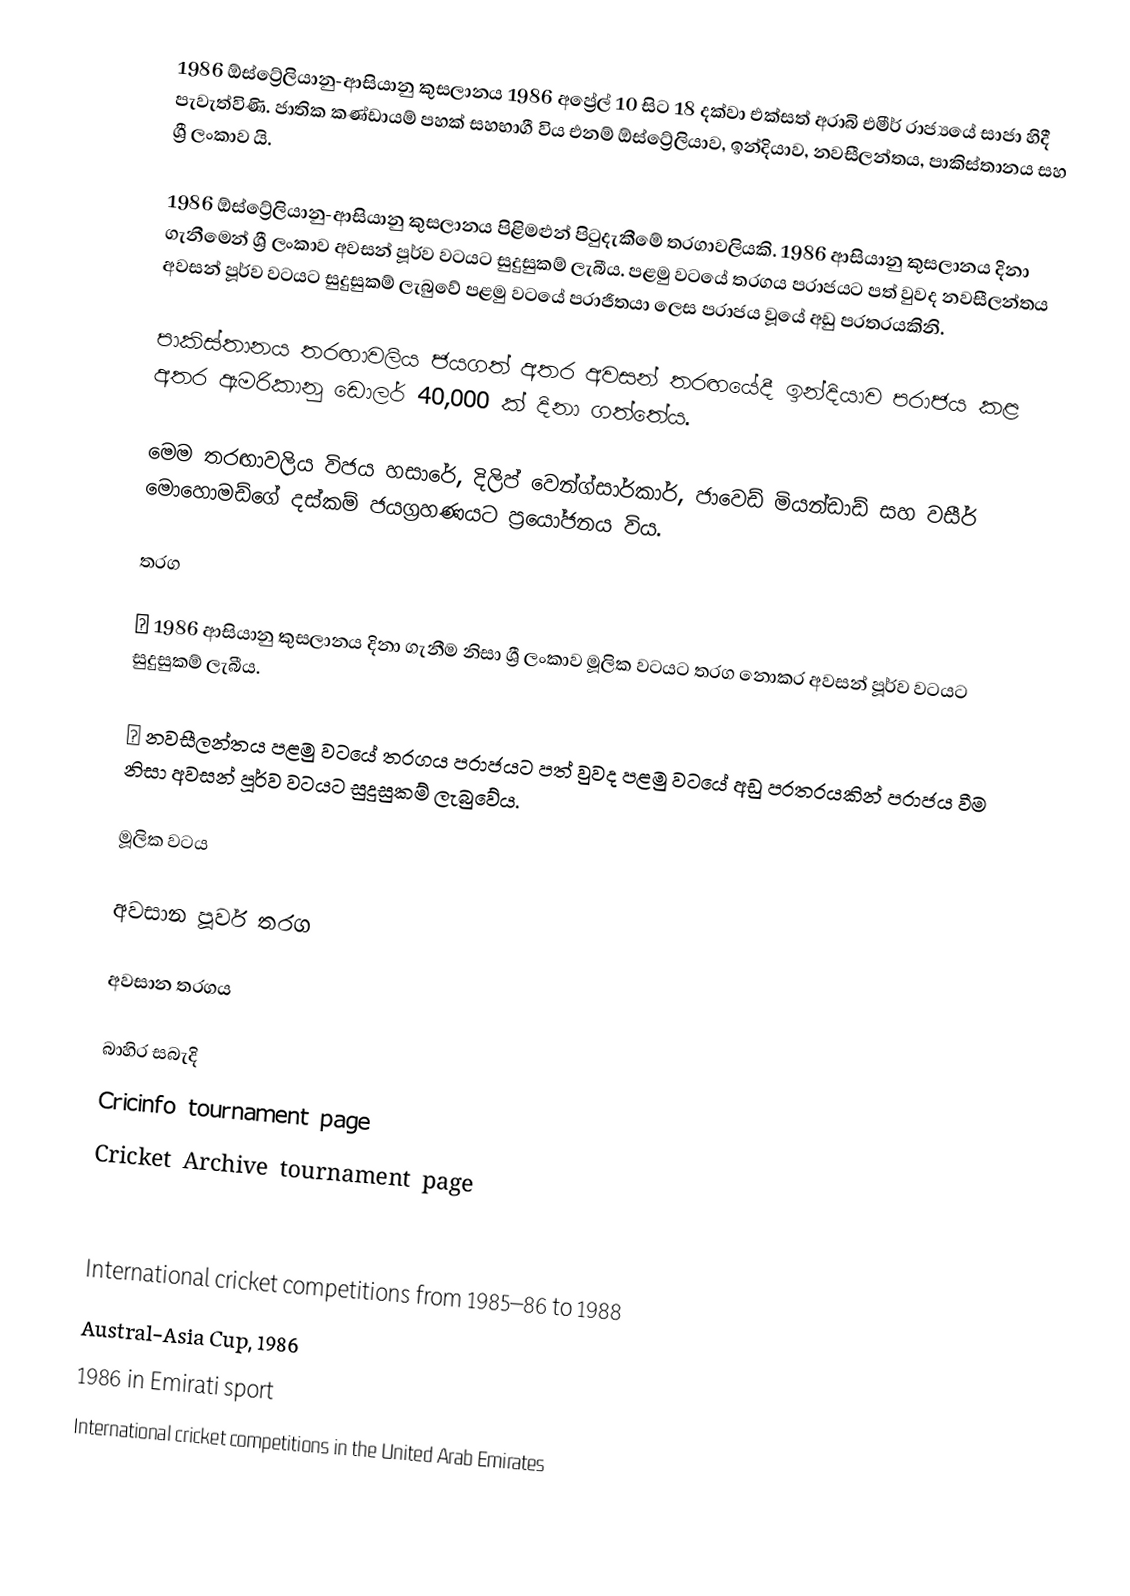
1986 ඕස්ට්‍රේලියානු-ආසියානු කුසලානය 1986 අප්‍රේල් 10 සිට 18 දක්වා එක්සත් අරාබි එමීර් රාජ්‍යයේ සාජා හිදී පැවැත්විණි. ජාතික කණ්ඩායම් පහක් සහභාගී විය එනම් ඕස්ට්‍රේලියාව, ඉන්දියාව, නවසීලන්තය, පාකිස්තානය සහ ශ්‍රී ලංකාව යි.

1986 ඕස්ට්‍රේලියානු-ආසියානු කුසලානය පිළිමළුන් පිටුදැකීමේ තරගාවලියකි. 1986 ආසියානු කුසලානය දිනා ගැනීමෙන් ශ්‍රී ලංකාව අවසන් පූර්ව වටයට සුදුසුකම් ලැබීය. පළමු වටයේ තරගය පරාජයට පත් වුවද නවසීලන්තය අවසන් පූර්ව වටයට සුදුසුකම් ලැබුවේ පළමු වටයේ පරාජිතයා ලෙස පරාජය වූයේ අඩු පරතරයකිනි.

පාකිස්තානය තරඟාවලිය ජයගත් අතර අවසන් තරඟයේදී ඉන්දියාව පරාජය කළ අතර ඇමරිකානු ඩොලර් 40,000 ක් දිනා ගත්තේය.

මෙම තරඟාවලිය විජය හසාරේ, දිලිප් වෙන්ග්සාර්කාර්, ජාවෙඩ් මියන්ඩාඩ් සහ වසීර් මොහොමඩ්ගේ දස්කම් ජයග්‍රහණයට ප්‍රයෝජනය විය.

තරග

❶ 1986 ආසියානු කුසලානය දිනා ගැනීම නිසා ශ්‍රී ලංකාව මූලික වටයට තරග නොකර අවසන් පූර්ව වටයට සුදුසුකම් ලැබීය.

❷ නවසීලන්තය පළමු වටයේ තරගය පරාජයට පත් වුවද පළමු වටයේ අඩු පරතරයකින් පරාජය වීම නිසා අවසන් පූර්ව වටයට සුදුසුකම් ලැබුවේය.

මූලික වටය

අවසාන පූර්ව තරග

අවසාන තරගය

බාහිර සබැදි
 Cricinfo tournament page
 Cricket Archive tournament page

International cricket competitions from 1985–86 to 1988
Austral-Asia Cup, 1986
1986 in Emirati sport
International cricket competitions in the United Arab Emirates